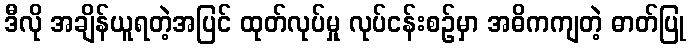
ဒီလို အချိန်ယူရတဲ့အပြင် ထုတ်လုပ်မှု လုပ်ငန်းစဉ်မှာ အဓိကကျတဲ့ ဓာတ်ပြု